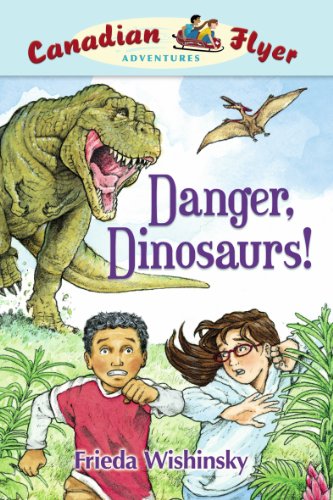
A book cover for Danger, Dinosaurs! (Canadian Flyer Adventures, No. 2); Frieda Wishinsky; Children's Books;